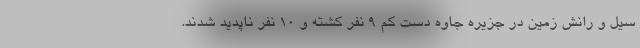
سیل و رانش زمین در جزیره جاوه دست کم ۹ نفر کشته و ۱۰ نفر ناپدید شدند.